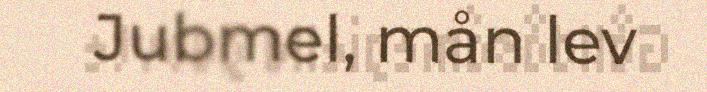
Jubmel, mån lev